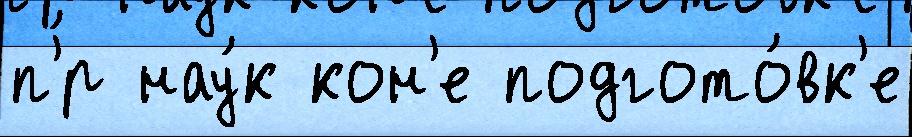
п'́р нау́к кон'е подгото́вк'е